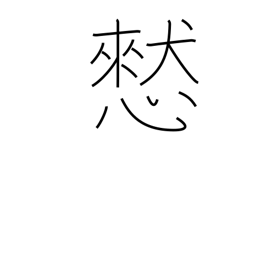
Meaning: thoughtlessly